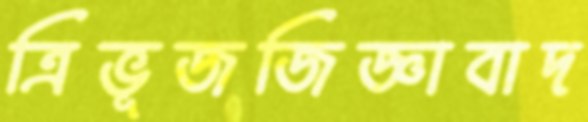
ত্রিভূজজিজ্ঞাবাদ